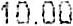
10.00